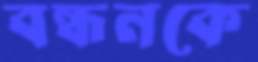
বন্ধনকে